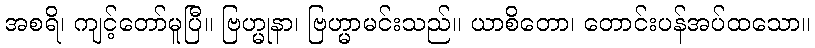
အစရိ၊ ကျင့်တော်မူပြီ။ ဗြဟ္မုနာ၊ ဗြဟ္မာမင်းသည်။ ယာစိတော၊ တောင်းပန်အပ်ထသော။